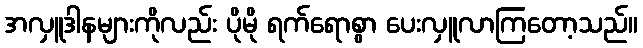
အလှူဒါနများကိုလည်း ပိုမို ရက်ရောစွာ ပေးလှူလာကြတော့သည်။